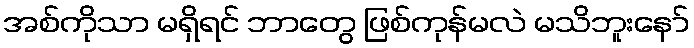
အစ်ကိုသာ မရှိရင် ဘာတွေ ဖြစ်ကုန်မလဲ မသိဘူးနော်